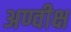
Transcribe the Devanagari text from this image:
अण्वीक्ष